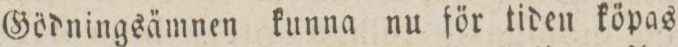
Gödningsämnen kunna nu för tiden köpas